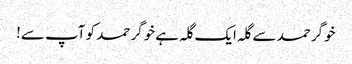
خوگر حمد سے گلہ ایک گلہ ہے خوگر حمد کو آپ سے!